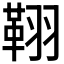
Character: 𦑜